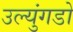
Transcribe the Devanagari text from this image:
उल्युंगडो